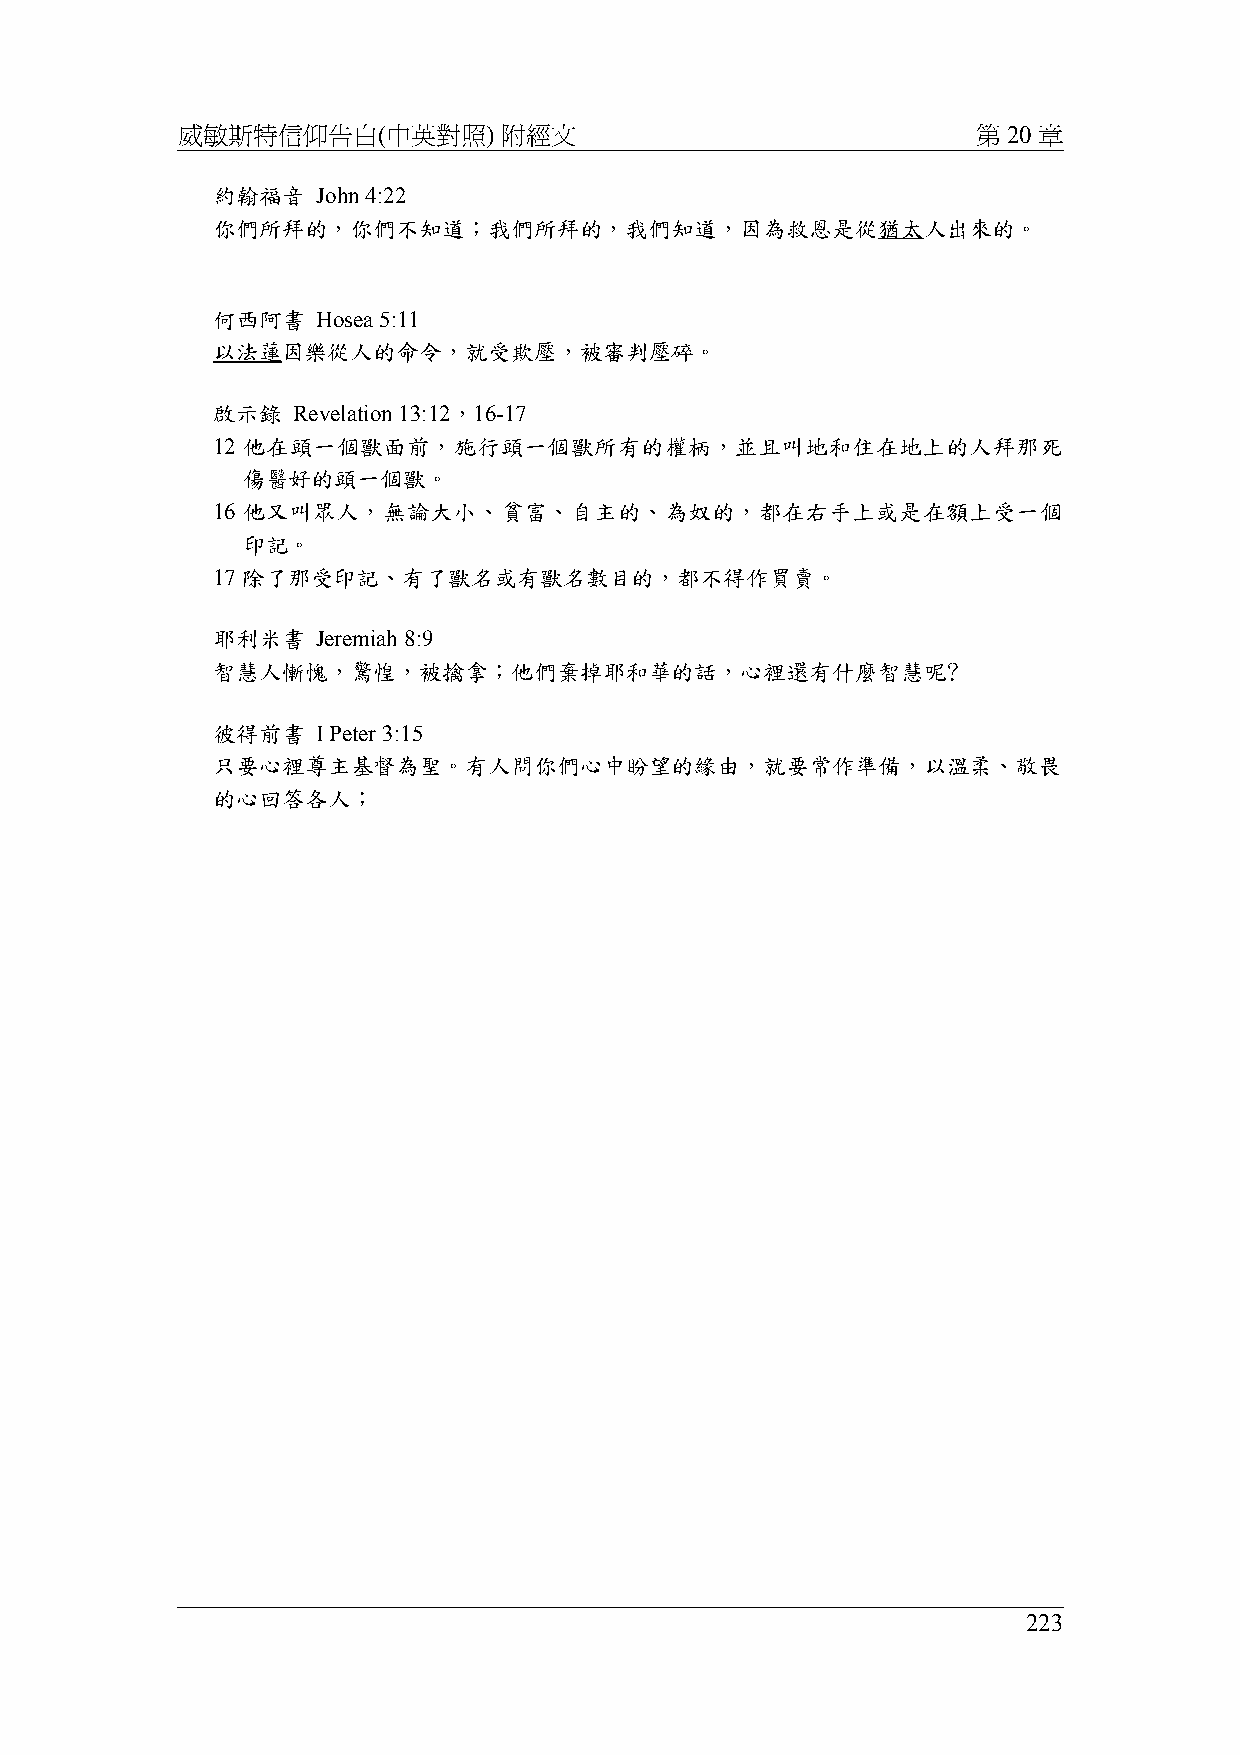
威敏斯特信仰告白(中英對照)       附經文                             第 20 章
 約翰福音   John 4:22
 你們所拜的，你們不知道；我們所拜的，我們知道，因為救恩是從猶太人出來的。
 何西阿書   Hosea 5:11
 以法蓮因樂從人的命令，就受欺壓，被審判壓碎。
 啟示錄  Revelation 13:12，16-17
 12 他在頭一個獸面前，施行頭一個獸所有的權柄，並且叫地和住在地上的人拜那死
 傷醫好的頭一個獸。
 16 他又叫眾人，無論大小、貧富、自主的、為奴的，都在右手上或是在額上受一個
 印記。
 17 除了那受印記、有了獸名或有獸名數目的，都不得作買賣。
 耶利米書   Jeremiah 8:9
 智慧人慚愧，驚惶，被擒拿；他們棄掉耶和華的話，心裡還有什麼智慧呢﹖
 彼得前書   I Peter 3:15
 只要心裡尊主基督為聖。有人問你們心中盼望的緣由，就要常作準備，以溫柔、敬畏
 的心回答各人；
 223